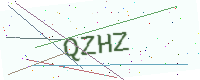
Text: QZHZ